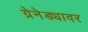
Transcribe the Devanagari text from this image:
ग्रेनेड्यावर